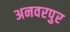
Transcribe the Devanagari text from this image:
अनवरपुर